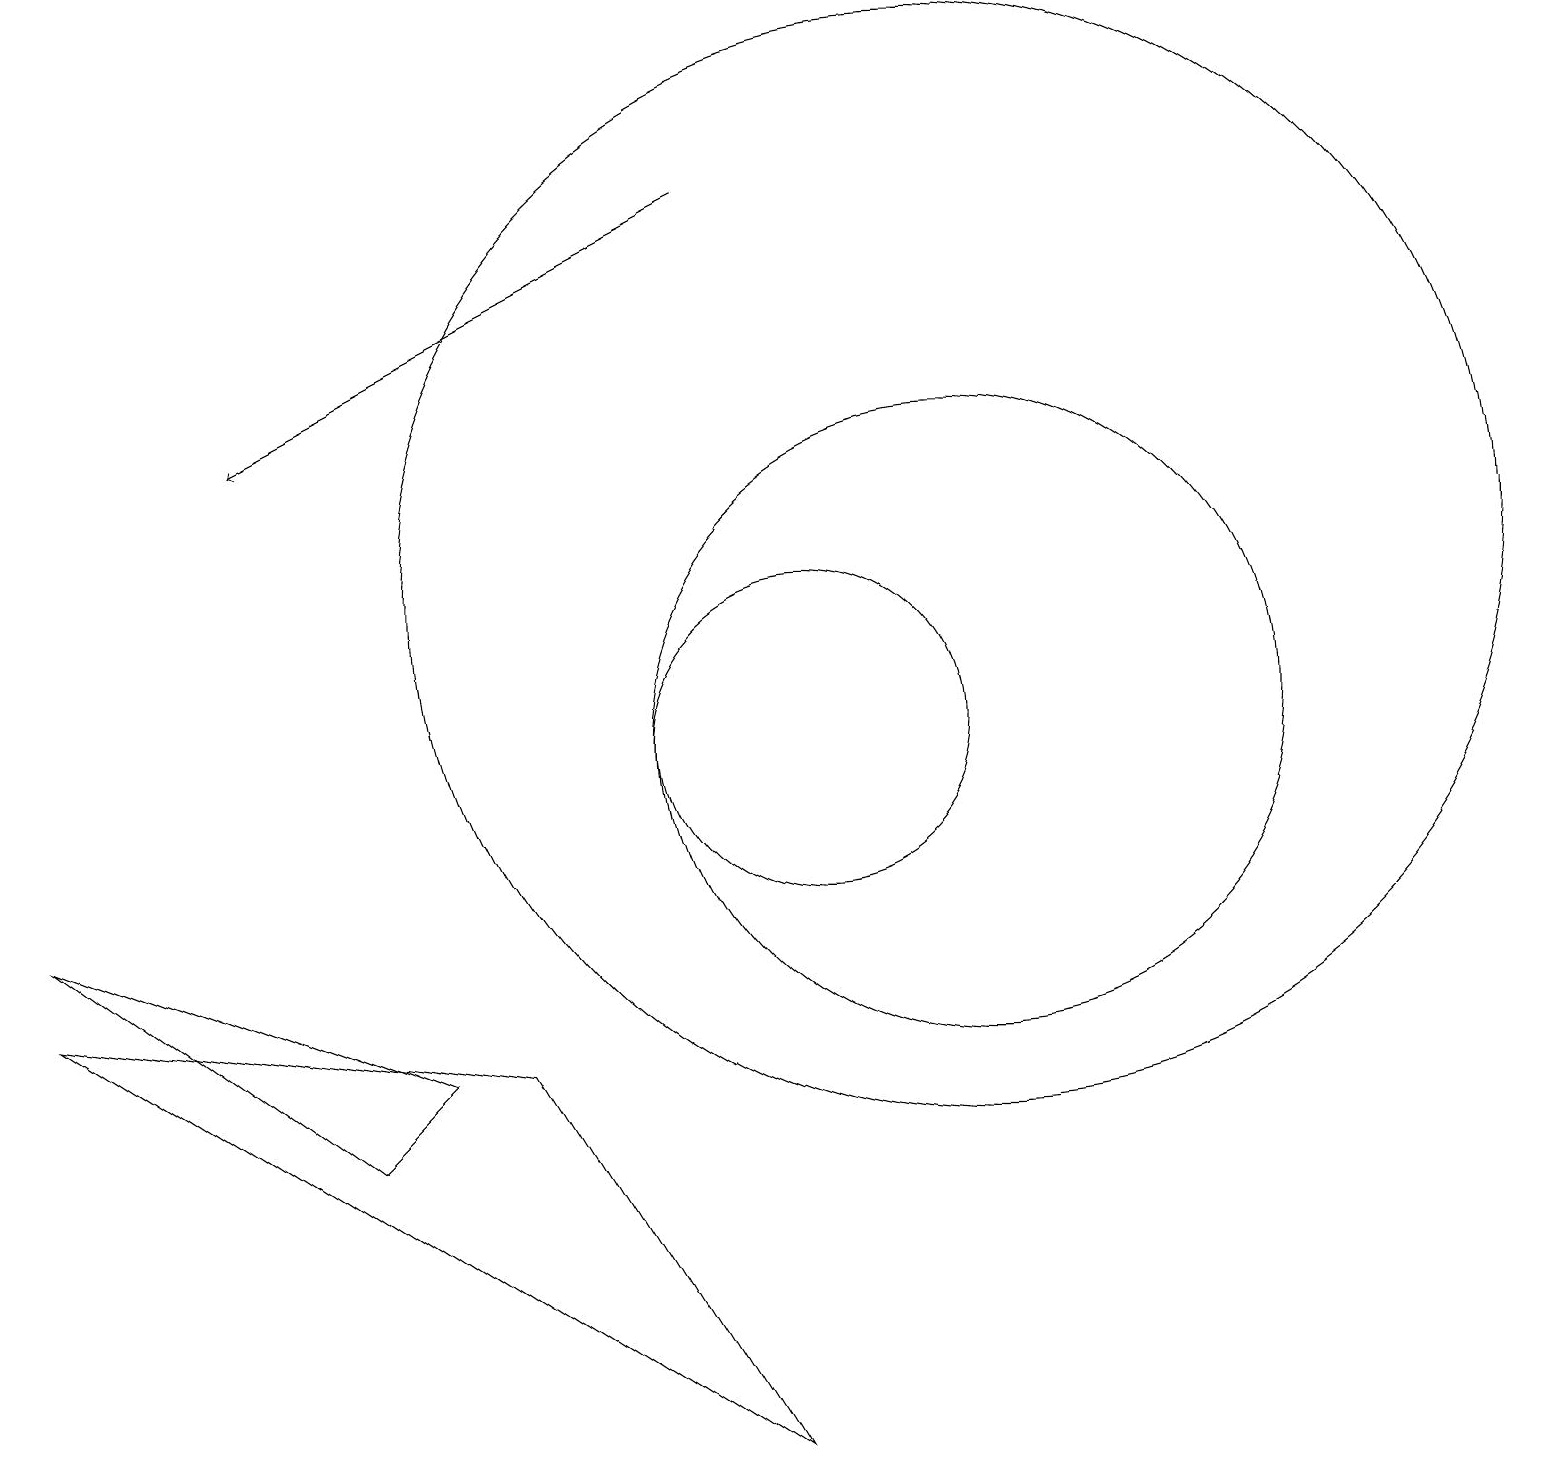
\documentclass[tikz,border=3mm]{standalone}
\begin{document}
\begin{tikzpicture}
\draw (12,12) circle (7);
\draw (0,8) -- (4,5) -- (5,6) -- cycle;
\draw (0,7) -- (9,1) -- (6,6) -- cycle;
\draw[->] (9,17) -- (3,14);
\draw (10,10) circle (2);
\draw (12,10) circle (4);
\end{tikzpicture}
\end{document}